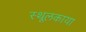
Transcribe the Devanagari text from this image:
स्थूलकाया